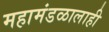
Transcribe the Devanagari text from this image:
महामंडळालाही